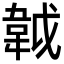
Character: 𩎙